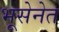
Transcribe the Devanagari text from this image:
भूसेनेत